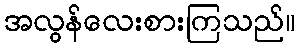
အလွန်လေးစားကြသည်။